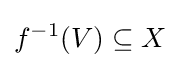
f^{-1}(V)\subseteq X